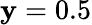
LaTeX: \mathbf{y}=0.5